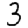
Digit: 3